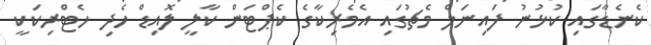
ކެނެޑާގައި ކުޅުނު ފައިނަލް މެޗުގައި އެމެރިކާގެ ކެޕްޓަން ކާލީ ލޮއިޑް ހެދި ހެޓްރިކަކީ